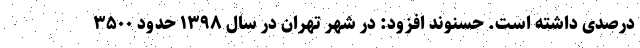
درصدی داشته است. حسنوند افزود: در شهر تهران در سال ۱۳۹۸ حدود ۳۵۰۰